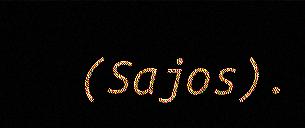
(Sajos).